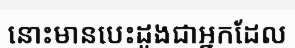
នោះមានបេះដូងជាអ្នកដែល